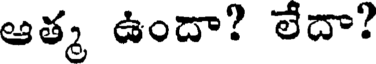
ఆత్మ ఉందా? లేదా?